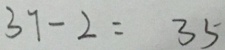
3 7 - 2 = 3 5